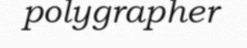
polygrapher